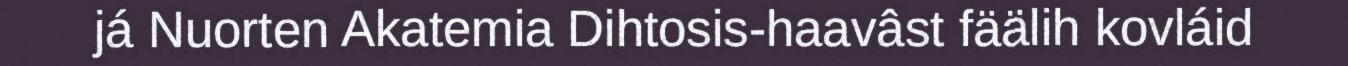
já Nuorten Akatemia Dihtosis-haavâst fäälih kovláid